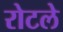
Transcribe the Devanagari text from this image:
रोटले